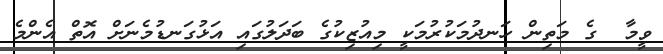
ވީމާ  ގެ މަތިން ހަނދުމަކުރުމަކީ މިއުޒިކުގެ ބަދަލުގައި އަޅުގަނޑުމެނަށް އޮތް އެންމެ